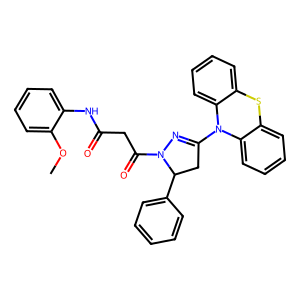
SMILES: COc1ccccc1NC(=O)CC(=O)N1N=C(N2c3ccccc3Sc3ccccc32)CC1c1ccccc1
Inhibits HIV replication: No